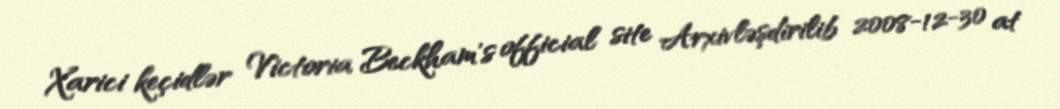
Xarici keçidlər Victoria Beckham's official site Arxivləşdirilib 2008-12-30 at